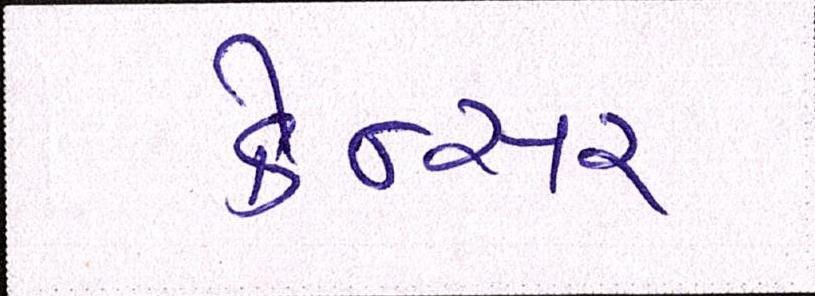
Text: કેન્સર